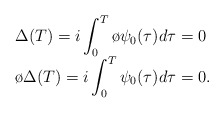
\begin{align*}\begin{array}{l}\Delta(T)=i\displaystyle\int_{0}^{T}\o{\psi}_{0}(\tau)d\tau = 0 \\\o{\Delta}(T)=i\displaystyle\int_{0}^{T}\psi_{0}(\tau)d\tau = 0.\end{array}\end{align*}